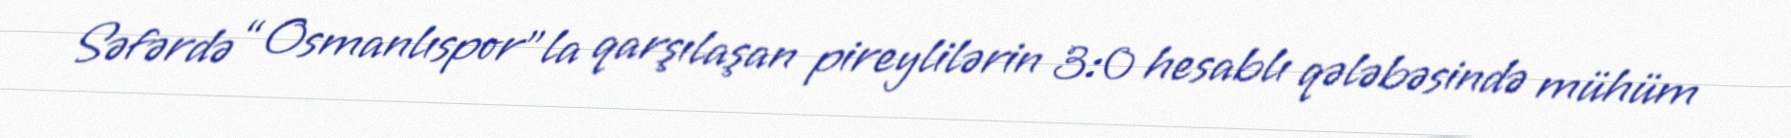
Səfərdə “Osmanlıspor”la qarşılaşan pireylilərin 3:0 hesablı qələbəsində mühüm